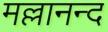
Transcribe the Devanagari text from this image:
मल्लानन्द